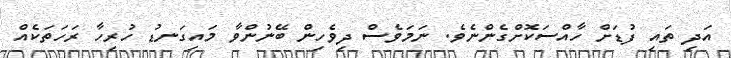
އަދި ތައި ފުޑަށް ހާއްސަކޮށްގެންނެވެ. ނަމަވެސް ދިވެހިން ބޭނުންވާ މައިގަނޑު ހުރިހާ ރަހަތަކެއް